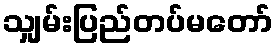
သျှမ်းပြည်တပ်မတော်